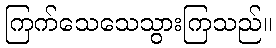
ကြက်သေသေသွားကြသည်။